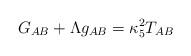
LaTeX: \begin{align*}G_{AB} + \Lambda g_{AB} = \kappa_5^2 T_{AB}\end{align*}